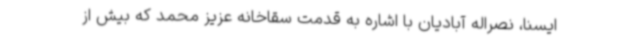
ایسنا، نصراله آبادیان با اشاره به قدمت سقاخانه عزیز محمد که بیش از